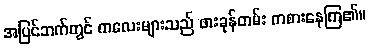
အပြင်ဘက်တွင် ကလေးများသည် ဖားခုန်တမ်း ကစားနေကြ၏။